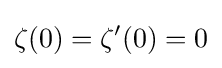
\zeta (0)=\zeta '(0)=0